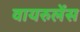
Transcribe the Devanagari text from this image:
वायरुलेंस